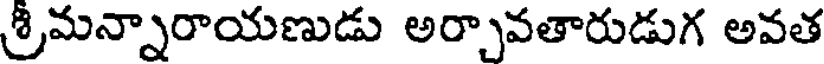
శ్రీమన్నారాయణుడు అర్చావతారుడుగ అవత